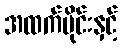
အထက်ပိုင်းနှင့်